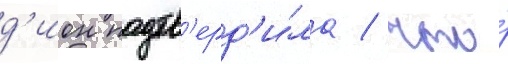
д'ион подтв'ерд'и́ла / что́